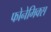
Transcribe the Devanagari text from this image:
फोनेमिक्स